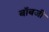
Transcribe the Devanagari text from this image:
बॉबजी